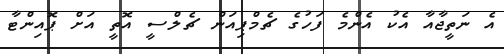
އެ ނަތީޖާއާ އެކު އެންމެ ފަހުގެ ޗެމްޕިއަން ޗެލްސީ އޮތީ އަށް ޕޮއިންޓާ